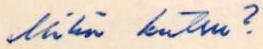
Miksi kutsu?